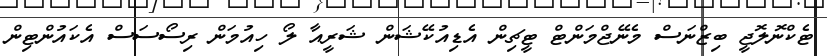
ޓެކްނޮލޮޖީ ބިޒްނަސް މެނޭޖްމަންޓް ޓީޗިން އެޑިއުކޭޝަން ޝަރީއާ ލޯ ހިއުމަން ރިސޯސަސް އެކައުންޓިން